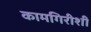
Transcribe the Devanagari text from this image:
कामगिरीशी